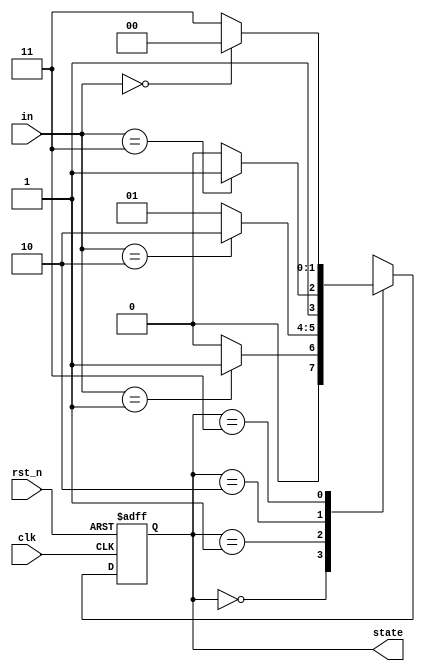
module synchronous_logic (
    input wire clk,            // Clock input
    input wire rst_n,         // Asynchronous active low reset
    input wire [1:0] in,      // 2-bit input signal
    output reg [1:0] state    // 2-bit state output
);

    // State encoding (for example purposes)
    localparam STATE_0 = 2'b00;
    localparam STATE_1 = 2'b01;
    localparam STATE_2 = 2'b10;
    localparam STATE_3 = 2'b11;

    // Synchronous process triggered on positive edge of the clock
    always @(posedge clk or negedge rst_n) begin
        if (!rst_n) begin
            // Reset condition
            state <= STATE_0; // Initialize to STATE_0 on reset
        end else begin
            // State transition logic
            case (state)
                STATE_0: begin
                    if (in == 2'b01) state <= STATE_1; // Transition to STATE_1
                    else state <= STATE_0;             // stay in STATE_0
                end

                STATE_1: begin
                    if (in == 2'b10) state <= STATE_2; // Transition to STATE_2
                    else state <= STATE_1;             // stay in STATE_1
                end

                STATE_2: begin
                    if (in == 2'b11) state <= STATE_3; // Transition to STATE_3
                    else state <= STATE_2;             // stay in STATE_2
                end

                STATE_3: begin
                    if (in == 2'b00) state <= STATE_0; // Transition back to STATE_0
                    else state <= STATE_3;             // stay in STATE_3
                end

                default: state <= STATE_0; // Default case to ensure valid state
            endcase
        end
    end

endmodule